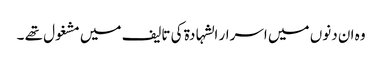
وہ ان دنوں میں اسرار الشہادۃ کی تالیف میں مشغول تھے ۔